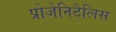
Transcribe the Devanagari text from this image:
प्रोजेनिटैलिस